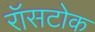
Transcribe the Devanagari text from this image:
रॉसटोक